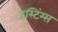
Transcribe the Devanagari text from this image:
हस्टिंग्स